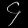
Digit: ၄